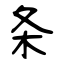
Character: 条